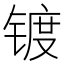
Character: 镀